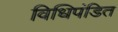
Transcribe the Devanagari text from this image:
विधिपंडित